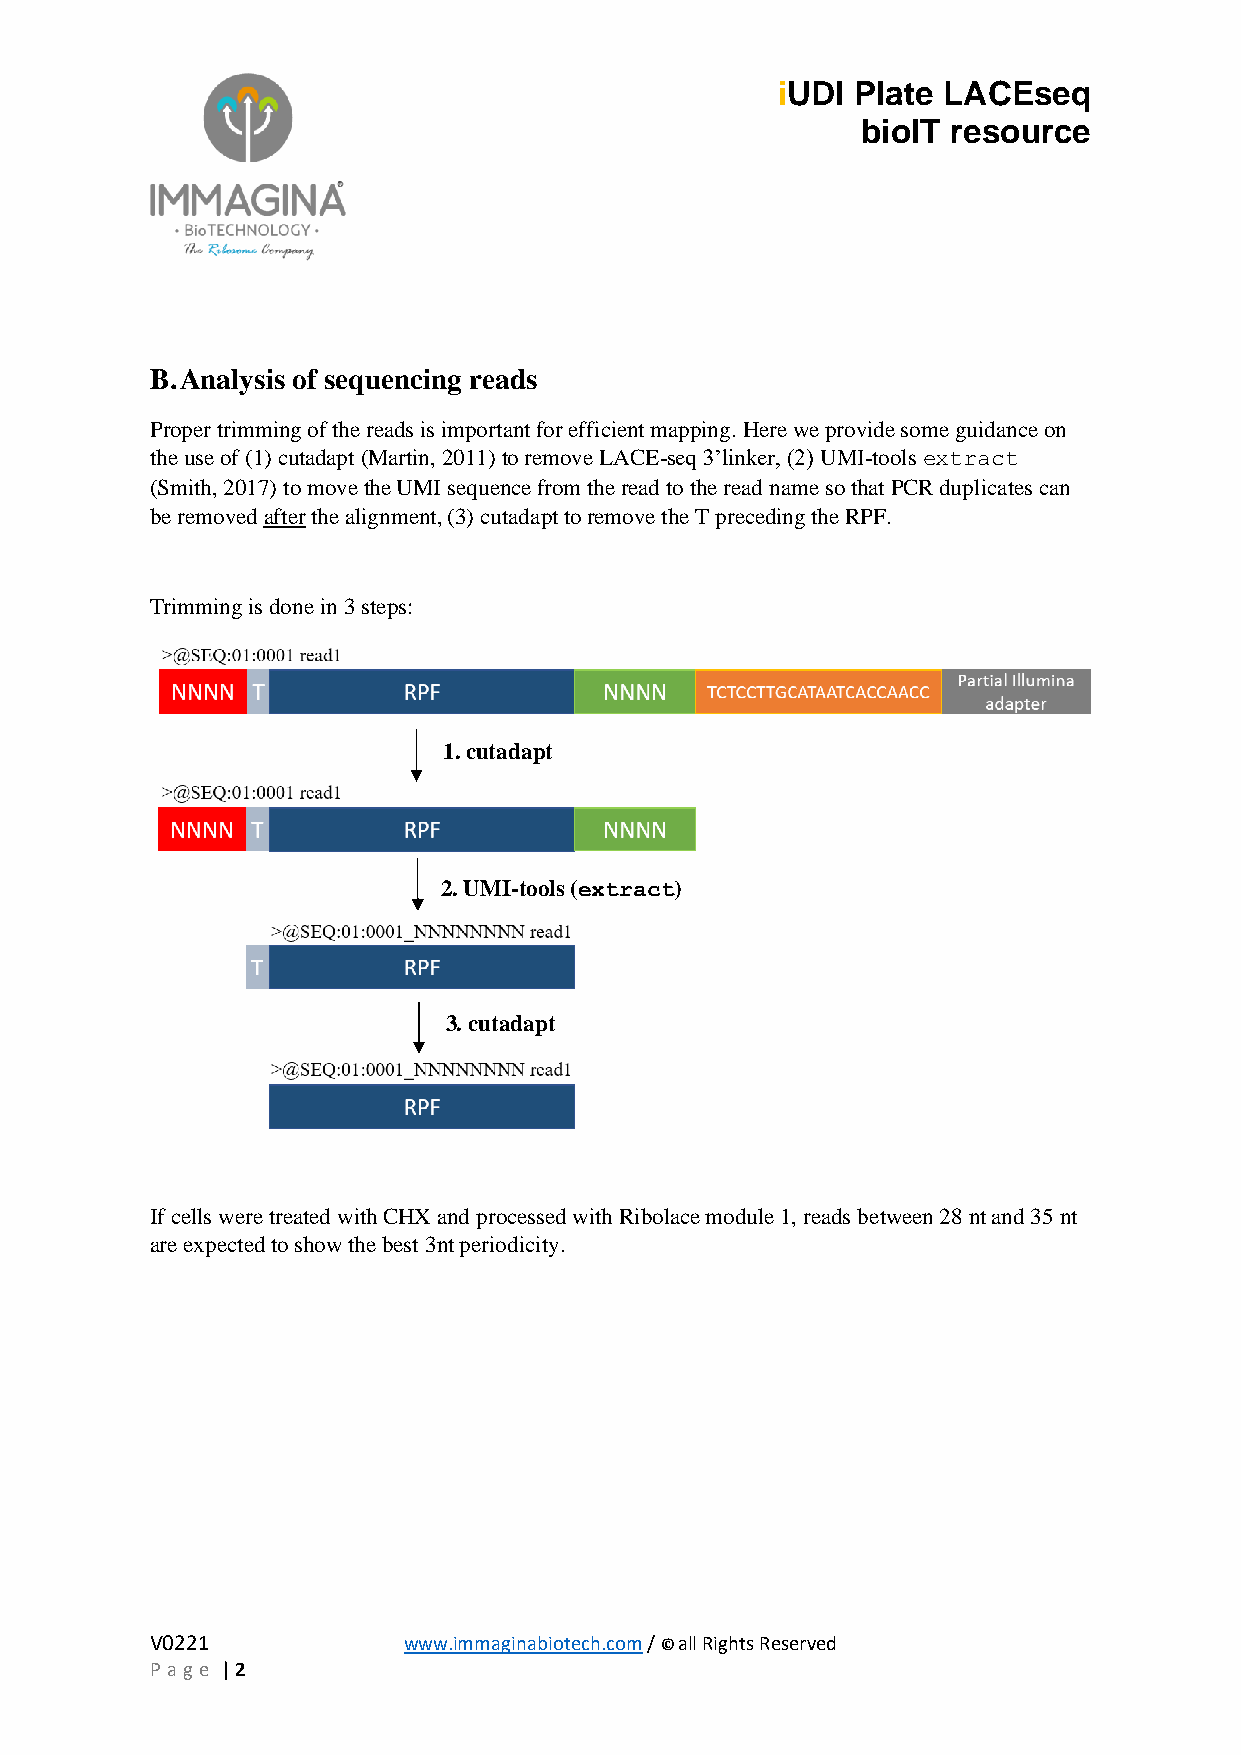
iUDI  Plate LACEseq
 bioIT resource
 B. Analysis of sequencing reads
 Proper trimming of the reads is important for efficient mapping. Here we provide some guidance on
 the use of (1) cutadapt (Martin, 2011) to remove LACE-seq 3’linker, (2) UMI-tools extract
 (Smith, 2017) to move the UMI sequence from the read to the read name so that PCR duplicates can
 be removed after the alignment, (3) cutadapt to remove the T preceding the RPF.
 Trimming is done in 3 steps:
 1. cutadapt
 2. UMI-tools (extract)
 3. cutadapt
 If cells were treated with CHX and processed with Ribolace module 1, reads between 28 nt and 35 nt
 are expected to show the best 3nt periodicity.
 V0221            www.immaginabiotech.com / © all Rights Reserved
 Pa ge | 2